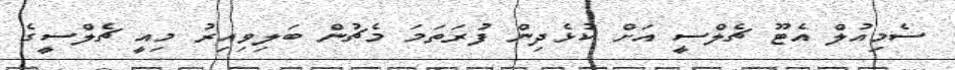
ސެމިއުލް އެޓޫ ޗެލްސީ އަށް ކުޅެދިން ފުރަތަމަ މެޗުން ބަލިވިއިރު މިއީ ޗެލްސީގެ